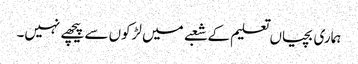
ہماری بچیاں تعلیم کے شعبے میں لڑکوں سے پیچھے نہیں۔